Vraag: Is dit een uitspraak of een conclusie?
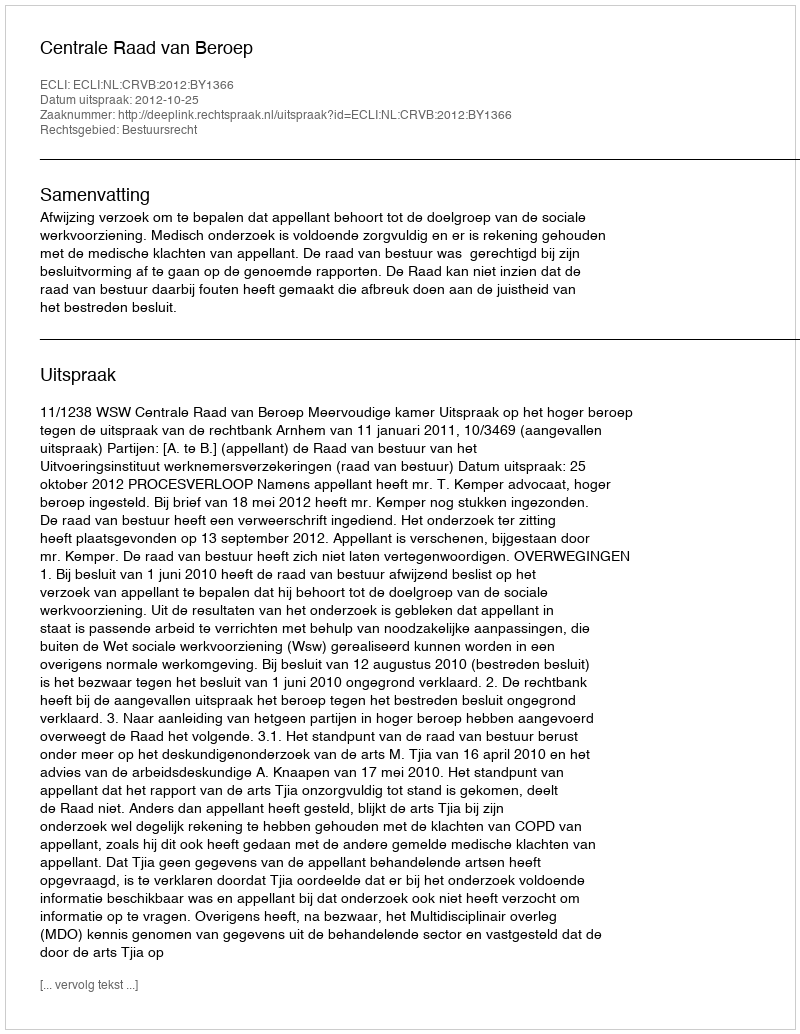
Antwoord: Uitspraak